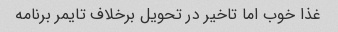
غذا خوب اما تاخیر در تحویل برخلاف تایمر برنامه